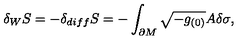
\delta _ { W } S = - \delta _ { d i f f } S = - \int _ { \partial M } \sqrt { - g _ { ( 0 ) } } A \delta \sigma ,